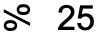
% 25